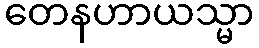
တေနဟာယသ္မာ